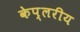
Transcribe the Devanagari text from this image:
केप्लरीय